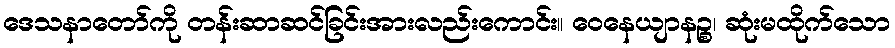
ဒေသနာတော်ကို တန်းဆာဆင်ခြင်းအားလည်းကောင်း။ ဝေနေယျာနဉ္စ၊ ဆုံးမထိုက်သော